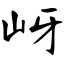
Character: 岈